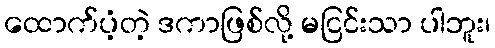
ထောက်ပံ့တဲ့ ဒကာဖြစ်လို့ မငြင်းသာ ပါဘူး၊